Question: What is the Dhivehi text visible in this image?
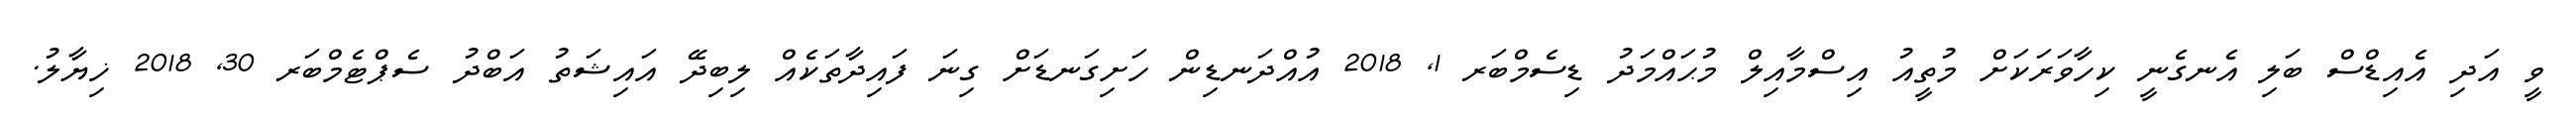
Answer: ވީ އަދި އެއިޑްސް ބަލި އެނގެނީ ކިހާވަރަކަށް މުތީއު އިސްމާއިލް މުޙައްމަދު ޑިސެމްބަރ 1, 2018 އުއްދަނޑިން ހަށިގަނޑަށް ގިނަ ފައިދާތަކެއް ލިބިދޭ އައިޝަތު އަބްދު ސެޕްޓެމްބަރ 30, 2018 ޚިޔާލު.